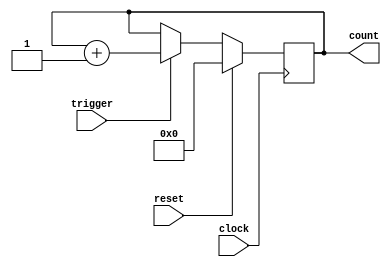
module Counter (
  input wire clock,
  input wire trigger,
  input wire reset,
  output reg [7:0] count
);

always @ (posedge clock) begin
  if (reset) begin
    count <= 8'b0;
  end else if (trigger) begin
    count <= count + 8'b1;
  end
end

endmodule